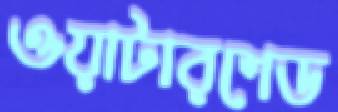
ওয়াটারশেড